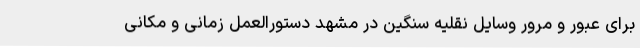
برای عبور و مرور وسایل نقلیه سنگین در مشهد دستورالعمل زمانی و مکانی